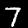
Label: 7